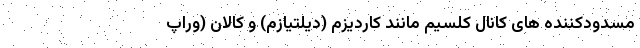
مسدودکننده های کانال کلسیم مانند کاردیزم (دیلتیازم) و کالان (وراپ